Vaccination in the Punjab 1919-1929 - 1919-1929
Year: 1919
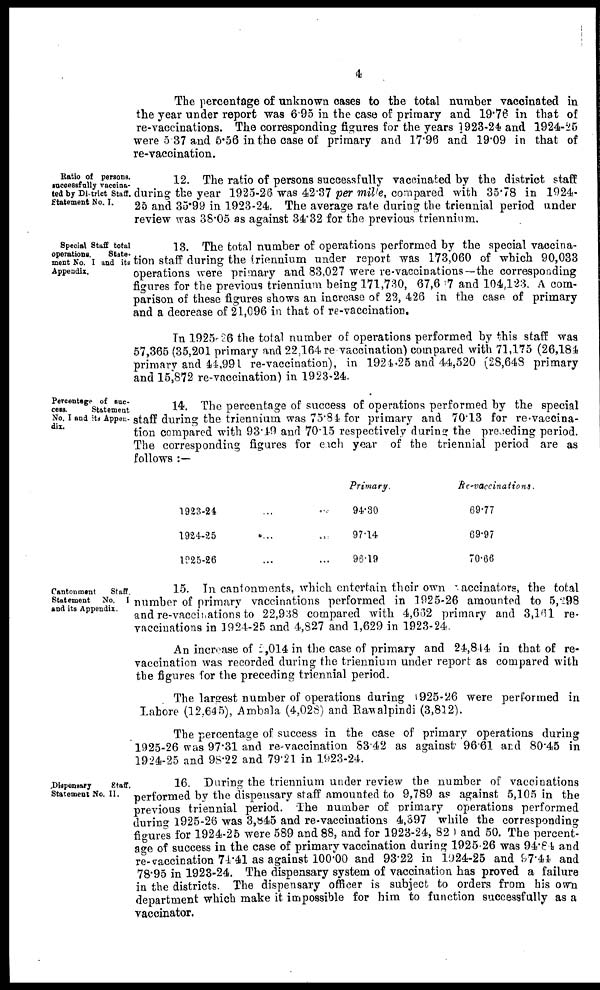
4
The percentage of unknown cases to the total number vaccinated in
the year under report was 6.95 in the case of primary and 19.76 in that of
re-vaccinations. The corresponding figures for the years 1923-24 and 1924-25
were 5.37 and 5.56 in the case of primary and 17.96 and 19.09 in that of
re-vaccination.
Ratio of persons,
successfully vaccina-
ted by District Staff.
Statement No. I.
12. The ratio of persons successfully vaccinated by the district staff
during the year 1925-26 was 42.37 per mille, compared with 35.78 in 1924-
25 and 35.99 in 1923-24. The average rate during the triennial period under
review was 38.05 as against 34.32 for the previous triennium.
Special Staff total
operations.
State-
ment No. I and its
Appendix.
13. The total number of operations performed by the special vaccina-
tion staff during the triennium under report was 173,060 of which 90,033
operations were primary and 83,027 were re-vaccinations—the corresponding
figures for the previous triennium being 171,730, 67,607 and 104,123. A com-
parison of these figures shows an increase of 22, 426 in the case of primary
and a decrease of 21,096 in that of re-vaccination.
In 1925-26 the total number of operations performed by this staff was
57,365 (35,201 primary and 22,164 re-vaccination) compared with 71,175 (26,184
primary and 44,991 re-vaccination), in 1924-25 and 44,520 (28,648 primary
and 15,872 re-vaccination) in 1923-24.
Percentage of suc-
cess.
Statement
No. I and its Appen-
dix.
14. The percentage of success of operations performed by the special
staff during the triennium was 75.84 for primary and 70.13 for re-vaccina-
tion compared with 93.49 and 70.15 respectively during the preceding period.
The corresponding figures for each year of the triennial period are as
follows :—
1923-24 ... ...
1924-25 ... ...
1925-26 ... ...
Primary.
94.30
97.14
96.19
Re-vaccinations.
69.77
69.97
70.66
Cantonment
Staff.
Statement
No. I
and its Appendix.
15. In cantonments, which entertain their own vaccinators, the total
number of primary vaccinations performed in 1925-26 amounted to 5,298
and re-vaccinations to 22,938 compared with 4,662 primary and 3,161 re-
vaccinations in 1924-25 and 4,827 and 1,629 in 1923-24.
An increase of 2,014 in the case of primary and 24,844 in that of re-
vaccination was recorded during the triennium under report as compared with
the figures for the preceding triennial period.
The largest number of operations during 1925-26 were performed in
Lahore (12.645), Ambala (4,028) and Rawalpindi (3,812).
The percentage of success in the case of primary operations during
1925-26 was 97.31 and re-vaccination 83.42 as against 96.61 and 80.45 in
1924-25 and 98.22 and 79.21 in 1923-24.
Dispensary
Staff.
Statement No. II.
16. During the triennium under review the number of vaccinations
performed by the dispensary staff amounted to 9,789 as against 5,105 in the
previous triennial period. The number of primary operations performed
during 1925-26 was 3,845 and re-vaccinations 4,397 while the corresponding
figures for 1924-25 were 589 and 88, and for 1923-24, 820 and 50. The percent-
age of success in the case of primary vaccination during 1925-26 was 94.84 and
re-vaccination 74.41 as against 100.00 and 93.22 in 1924-25 and 97.44 and
78.95 in 1923-24. The dispensary system of vaccination has proved a failure
in the districts. The dispensary officer is subject to orders from his own
department which make it impossible for him to function successfully as a
vaccinator.